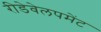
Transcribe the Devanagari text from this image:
रीडेवेलपमेंट